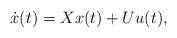
LaTeX: \begin{align*}\begin{aligned}\dot{x}(t) = Xx(t) + Uu(t),\end{aligned}\end{align*}